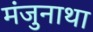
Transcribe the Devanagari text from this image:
मंजुनाथा